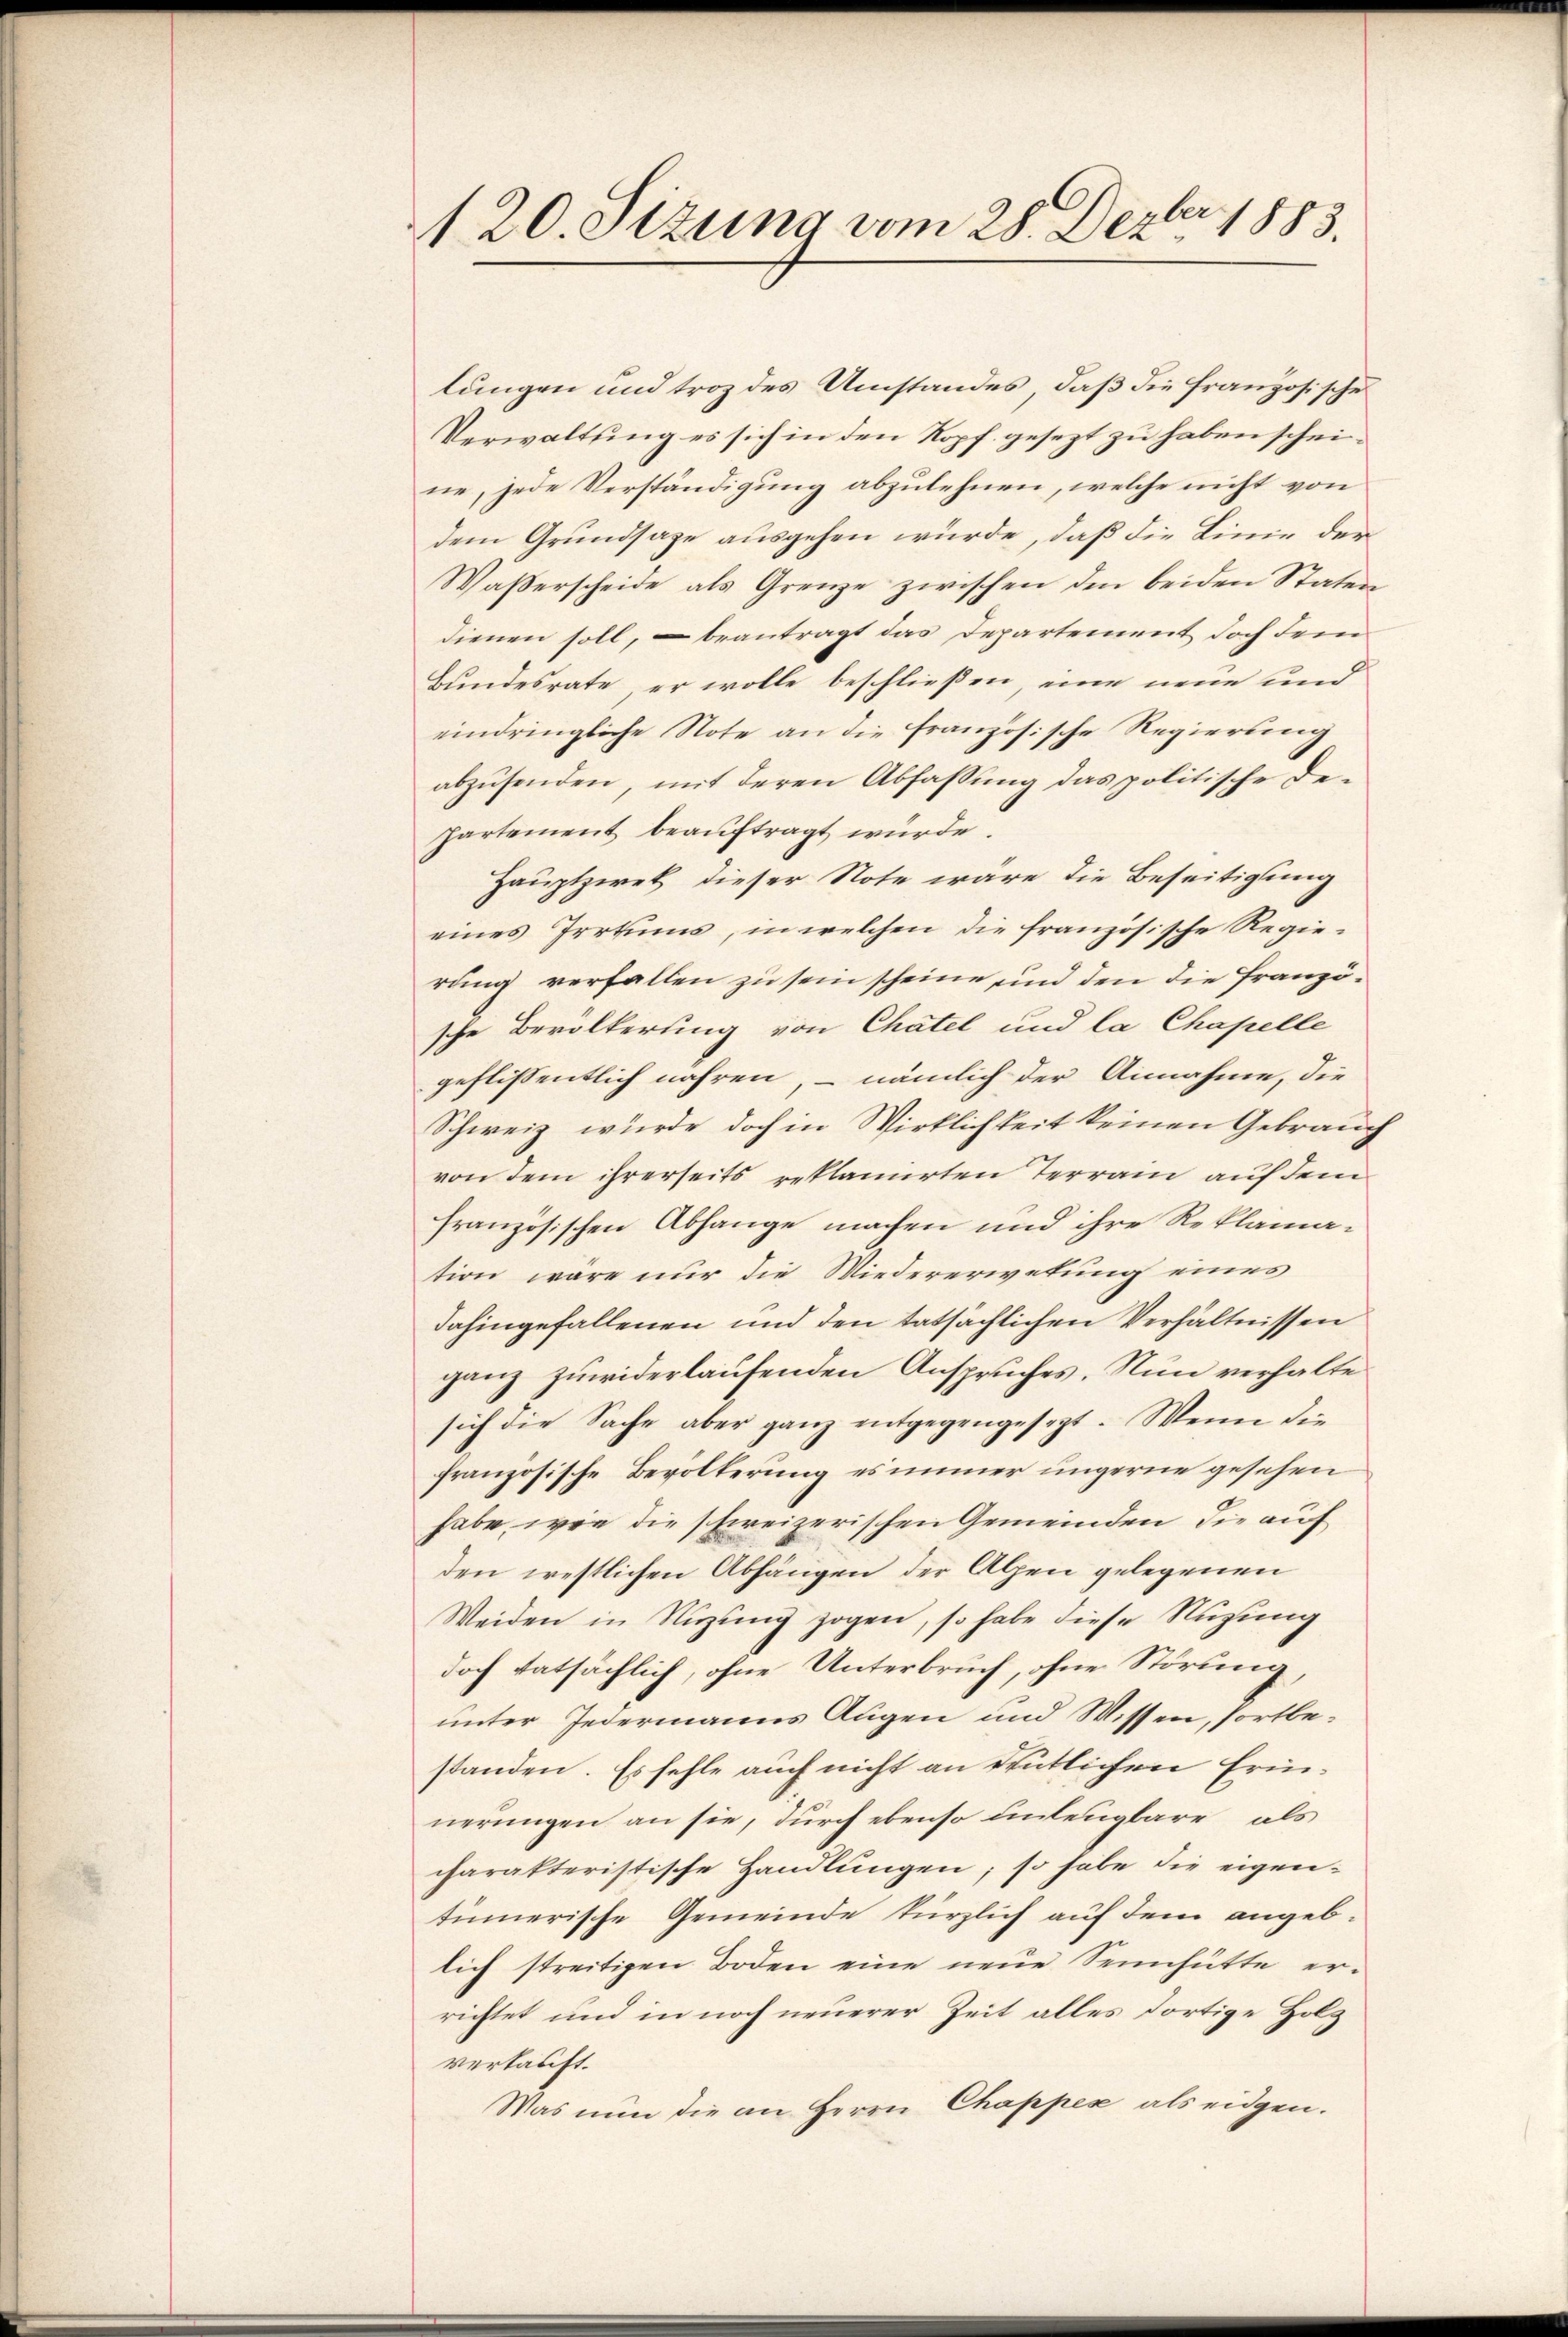
A 20. Sizung vom 28. Dezbr 1883.

lungen und troz des Umstandes, daß die französische
Verwaltung es sich in den Kopf gesezt zu haben scheine, jede Verständigung abzulehnen, welche nicht von
dem Grundsaze ausgehen würde, daß die Linie der
Waßerscheide als Grenze zwischen den beiden Staten
dienen soll, – beantragt das Departement doch dem
Bundesrate er wolle beschließen, eine neue und
eindringliche Note an die französische Regierung
abzusenden, mit deren Abfassung das politische Departement beauftragt würde.
Hauptzwek dieser Note wäre die Beseitigung
eines Irrtums, in welchen die französische Regierung verfallen zu sein scheine, und den die Französche Bevölkerung von Chatel und la Chapelle
geflissentlich nahren, – nämlich der Annahme, die
Schweiz würde doch in Wirklichkeit keinen Gebrauch
von dem ihrerseits reklamirten Terrain auf dem
französischen Abhange machen und ihre Reklamation wäre nur die Wiedererwetung eines
dahingefallenen und den tatsächlichen Verhältnissen
ganz zuwiderlaufenden Anspruches. Nun verhalte
sich die Sache aber ganz entgegengesezt. Wenn die
französische Bevölkerung es immer ungerne gesehen
habe, wie die schweizerischen Gemeinden die auf
den westlichen Abhängen der Alpen gelegenen
Weiden in Nizung zogen, so habe diese Nuzung
doch tatsächlich, ohne Unterbruch, ohne Störung,
unter Jedermanns Augen und Wissen, fortbestanden. Es fehle auch nicht an deutlichen Erinnerungen an sie, durch ebenso unleugbare als
charakteristische Handlungen; so habe die eigen-
tümerische Gemeinde kürzlich auf dem angeblich streitigen Boden eine neŭe Sennhütte er-
richtet und in noch neuerer Zeit alles dortige Holz
verkauft.
Was nun die an Herrn Chappex als eidgen.